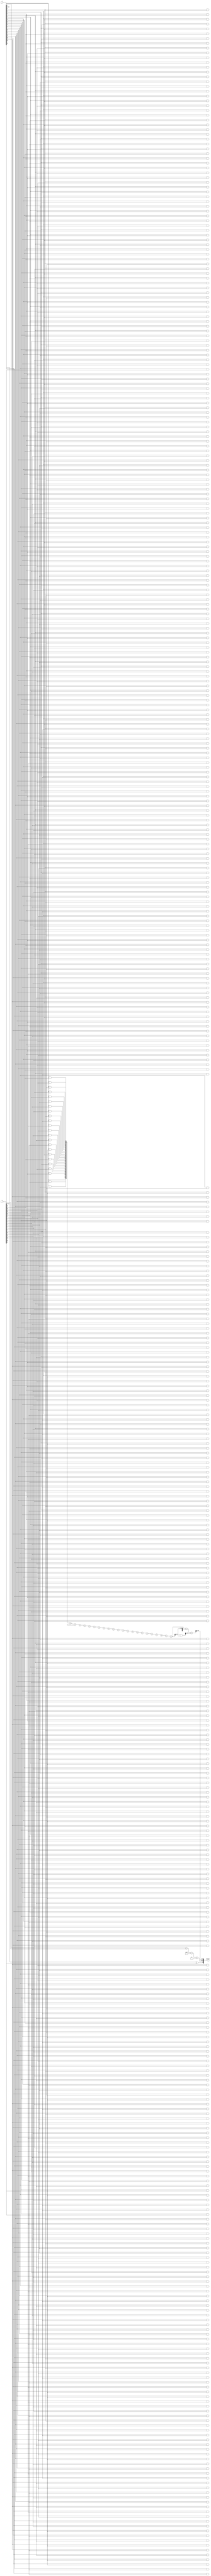
module floating_point_wallace_tree_multiplier (
    input [31:0] a, // First floating-point operand
    input [31:0] b, // Second floating-point operand
    output reg [31:0] product // Resulting floating-point product
);

    // Constants for IEEE 754 single precision
    localparam EXPONENT_BIAS = 8'd127;
    localparam MANTISSA_BITS = 23;

    // Extract sign, exponent, and mantissa
    wire sign_a = a[31];
    wire sign_b = b[31];
    wire [7:0] exp_a = a[30:23];
    wire [7:0] exp_b = b[30:23];
    wire [22:0] mant_a = a[22:0];
    wire [22:0] mant_b = b[22:0];

    // Normalize mantissas (1.M)
    wire [23:0] norm_mant_a = {1'b1, mant_a}; // 1.M format
    wire [23:0] norm_mant_b = {1'b1, mant_b}; // 1.M format

    // Generate partial products
    wire [47:0] partial_products[0:22]; // 23 partial products
    genvar i, j;
    generate
        for (i = 0; i < 23; i = i + 1) begin : pp_gen
            for (j = 0; j < 24; j = j + 1) begin : pp_inner
                assign partial_products[i][i + j] = norm_mant_a[i] & norm_mant_b[j];
            end
        end
    endgenerate

    // Wallace Tree Reduction
    wire [47:0] sum[0:22];
    wire [22:0] carry[0:22];

    // Initial stage: sum the partial products
    // This is a simplified version; a full Wallace tree implementation would require multiple stages
    assign sum[0] = partial_products[0] + partial_products[1];
    assign carry[0] = (partial_products[0] & partial_products[1]) >> 1;

    // Continue summing and carrying
    generate
        for (i = 1; i < 23; i = i + 1) begin : wallace_tree
            assign sum[i] = sum[i-1] + partial_products[i];
            assign carry[i] = (sum[i-1] & partial_products[i]) >> 1;
        end
    endgenerate

    // Final summation
    wire [47:0] final_sum = sum[22] + carry[22];

    // Exponent calculation
    wire [7:0] final_exp = exp_a + exp_b - EXPONENT_BIAS;

    // Sign calculation
    wire final_sign = sign_a ^ sign_b;

    // Normalize the final product mantissa
    wire [23:0] final_mant = final_sum[46:24]; // Take the upper bits for mantissa
    wire [7:0] adjusted_exp = final_exp + (final_mant[23] ? 1 : 0); // Adjust exponent if mantissa is normalized

    // Combine sign, exponent, and mantissa into final product
    always @(*) begin
        product = {final_sign, adjusted_exp, final_mant[22:0]};
    end

endmodule